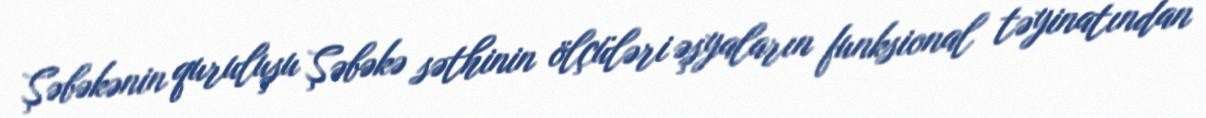
Şəbəkənin quruluşu Şəbəkə səthinin ölçüləri əşyaların funksional təyinatından